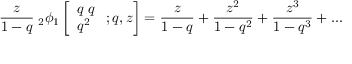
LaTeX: { \frac { z } { 1 - q } } \; _ { 2 } \phi _ { 1 } \left[ { \begin{array} { l } { q \; q } \\ { q ^ { 2 } } \end{array} } \; ; q , z \right] = { \frac { z } { 1 - q } } + { \frac { z ^ { 2 } } { 1 - q ^ { 2 } } } + { \frac { z ^ { 3 } } { 1 - q ^ { 3 } } } + \ldots